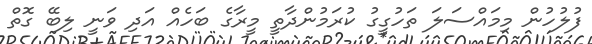
ފުލުހުން މިމައްސަލަ ތަހުގީގު ކުރަމުންދާތީ މީރާގެ ބަހެއް އަދި ވަނީ ލިބޭ ގޮތް